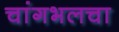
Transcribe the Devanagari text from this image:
चांगभलचा